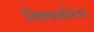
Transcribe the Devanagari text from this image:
क्वितोला